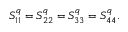
\begin{array} { r } { S _ { 1 1 } ^ { q } = S _ { 2 2 } ^ { q } = S _ { 3 3 } ^ { q } = S _ { 4 4 } ^ { q } . } \end{array}